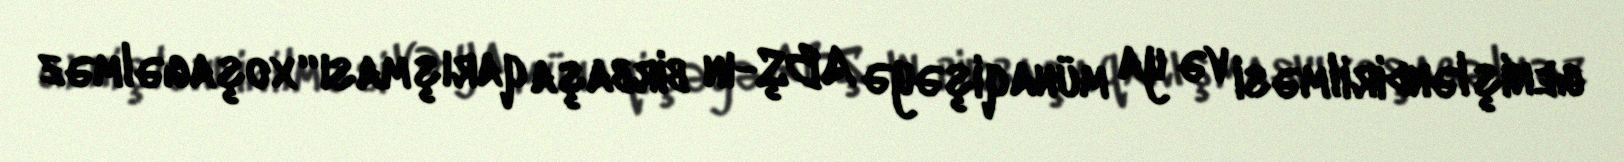
genişləndirilməsi və ya münaqişəyə ABŞ-ın birbaşa qarışması “xoşagəlməz